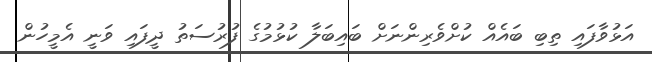
އަޅުވާފައި ތިބި ބައެއް ކުށްވެރިންނަށް ބައިބަލާ ކުޅުމުގެ ފުރުސަތު ދީފައި ވަނީ އެމީހުން